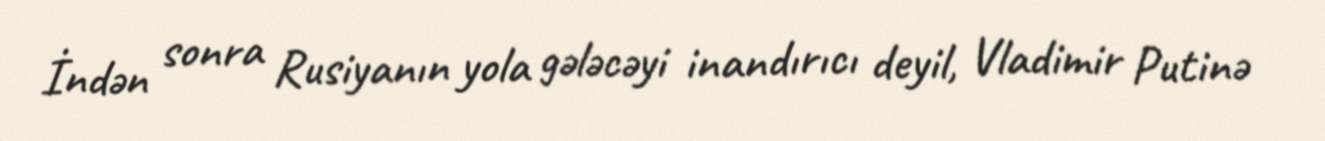
İndən sonra Rusiyanın yola gələcəyi inandırıcı deyil, Vladimir Putinə